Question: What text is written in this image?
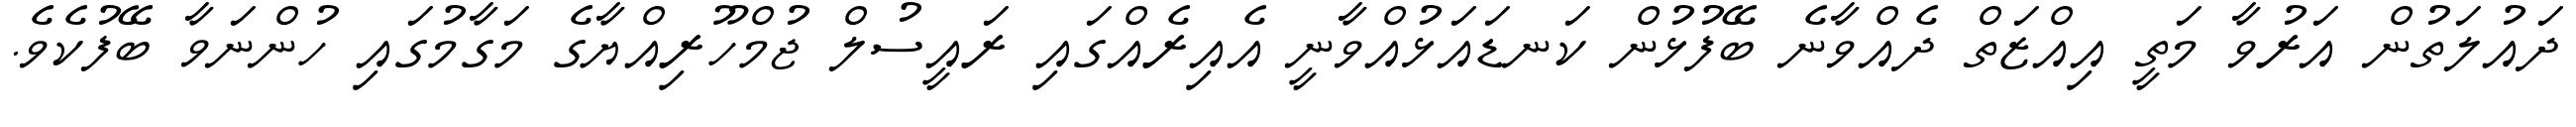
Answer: ދައުލަތުން އަރުވާ މަތީ އިއްޒަތް ދެއްވާނެ ބޭފުޅުން ކަނޑައަޅުއްވާނީ އެއިރެއްގައި ރައީސުލް ޖުމްހޫރިއްޔާގެ މަގާމުގައި ހުންނަވާ ބޭފުކެވެ.